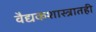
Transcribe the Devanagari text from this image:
वैद्यकशास्त्रातही